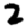
Digit: 2